Leaving Certificate Examination, 1906
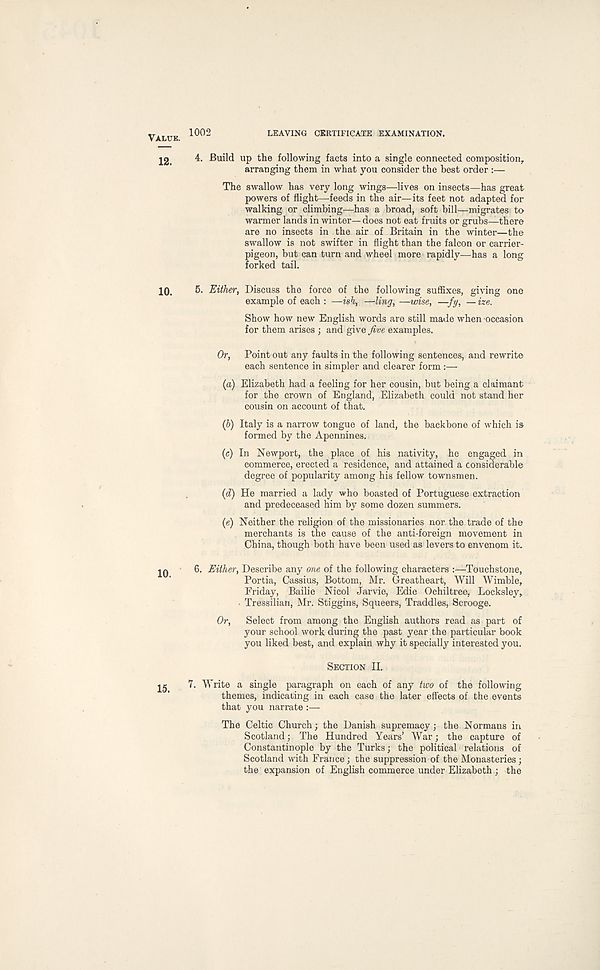
1002
LEAVING CERTIFICATE EXAMINATION.
4. Build up the following facts into a single connected composition,
arranging them in what you consider the best order :—
The swallow has very long wings—lives on insects—has great
powers of flight—feeds in the air—its feet not adapted for
walking or climbing—has a broad, soft bill—migrates to
warmer lands in winter— does not eat fruits or grubs—there
are no insects in the air of Britain in the winter—the
swallow is not swifter in flight than the falcon or carrier-
pigeon, but can turn and wheel more rapidly—has a long
forked tail.
5. Either, Discuss the force of the following suffixes, giving one
example of each : —ish, —ling, —wise, —fy, —ize.
Show how new English words are still made when -occasion
for them arises ; and give five examples.
Or, Point out any faults in the following sentences, and rewrite
each sentence in simpler and clearer form :—
(а) Elizabeth had a feeling for her cousin, but being a claimant
for the crown of England, Elizabeth could not stand her
cousin on account of that.
(б) Italy is a narrow tongue of land, the backbone of which is
formed by the Apennines.
(c) In Newport, the place of his nativity, he engaged in
commerce, erected a residence, and attained a considerable
degree of popularity among his fellow townsmen.
(d) He married a lady who boasted of Portuguese extraction
and predeceased him by some dozen summers.
(e) Neither the religion of the missionaries nor the trade of the
merchants is the cause of the anti-foreign movement in
China, though both have been used as levers to envenom it.
6. Either, Describe any one of the following characters
Touchstone,
Portia, Cassius, Bottom, Mr. Greatheart, Will Wimble,
Friday, Bailie Nicol Jarvie, Edie Ochiltree, Locksley,
• Tressilian, Mr. Stiggins, Squeers, Traddles, Scrooge.
Or,
Select from among the English authors read as part of
your school work during the past year the particular book
you liked best, and explain why it specially interested you.
SECTION II.
7.
W
themes, indicating in each case the later effects of the events
that you narrate :—
The Celtic Church; the Danish supremacy; the Normans in
Scotland; The Hundred Years’ War; the capture of
Constantinople by the Turks; the political relations of
Scotland with France; the suppression of the Monasteries;
the expansion of English commerce under Elizabeth ; the